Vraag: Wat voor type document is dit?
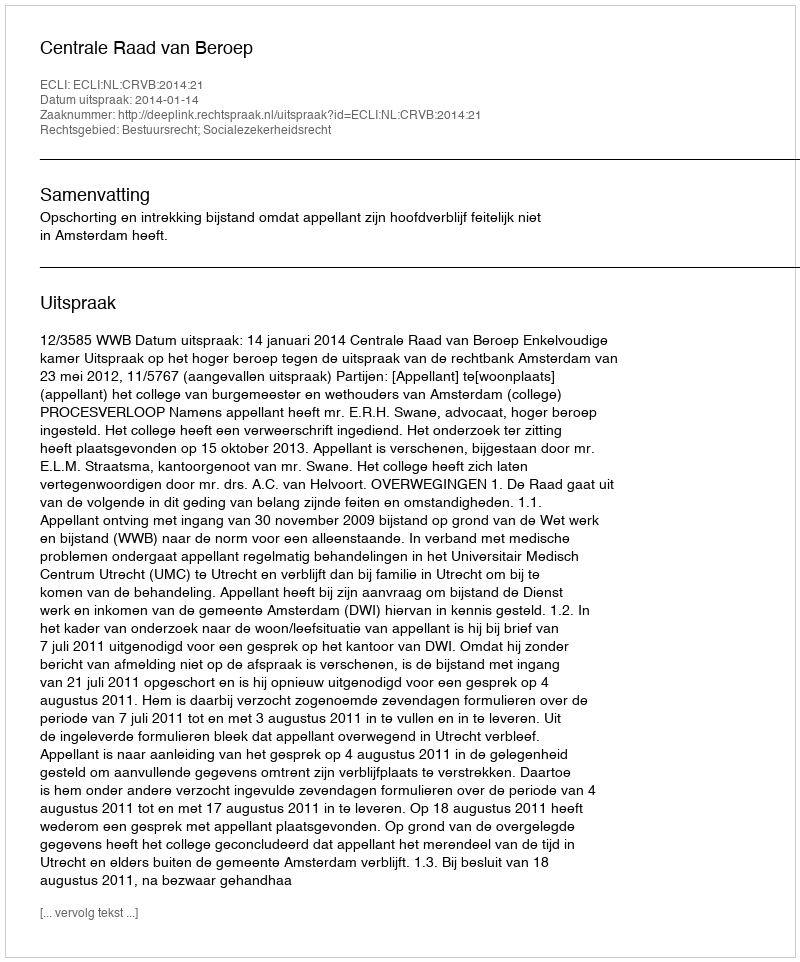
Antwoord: Uitspraak